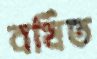
বর্ষিত